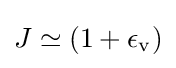
J\simeq (1+\epsilon _{\mathrm {v} })